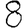
Digit: 8